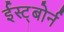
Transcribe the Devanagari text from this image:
ईस्ट्बोर्न